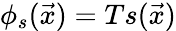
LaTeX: \phi_{s}(\vec{x})=Ts(\vec{x})